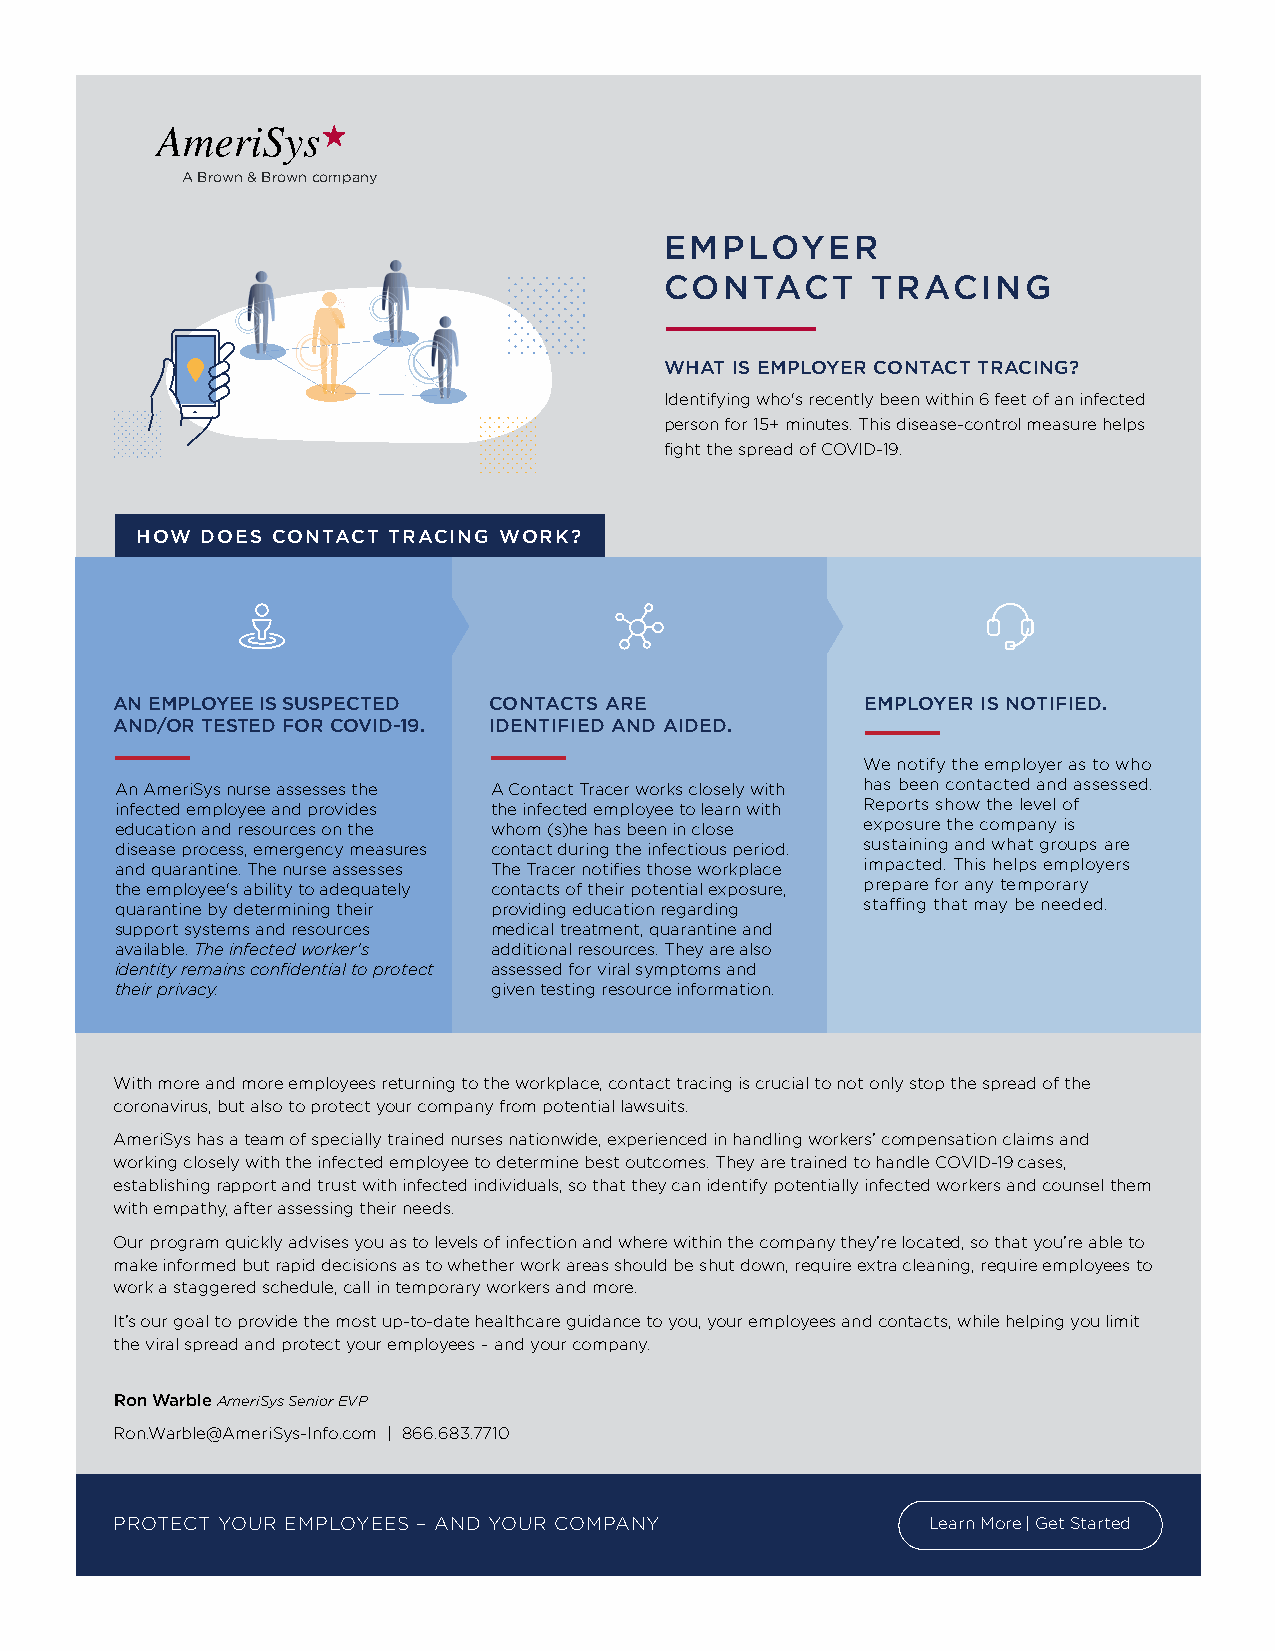
A Brown & Brown company
 EMPLOYER
 CONTACT       TRACING
 WHAT IS EMPLOYER CONTACT TRACING?
 Identifying who's recently been within 6 feet of an infected
 person for 15+ minutes. This disease-control measure helps
 fight the spread of COVID-19.
 HOW DOES CONTACT TRACING WORK?
 AN EMPLOYEE IS SUSPECTED CONTACTS ARE             EMPLOYER IS NOTIFIED.
 AND/OR TESTED FOR COVID-19. IDENTIFIED AND AIDED.
 We notify the employer as to who
 An AmeriSys nurse assesses the A Contact Tracer works closely with has been contacted and assessed.
 infected employee and provides the infected employee to learn with Reports show the level of
 education and resources on the whom (s)he has been in close exposure the company is
 disease process, emergency measures contact during the infectious period. sustaining and what groups are
 and quarantine. The nurse assesses The Tracer notifies those workplace impacted. This helps employers
 the employee's ability to adequately contacts of their potential exposure, prepare for any temporary
 quarantine by determining their providing education regarding staffing that may be needed.
 support systems and resources medical treatment, quarantine and
 available. The infected worker's additional resources. They are also
 identity remains confidential to protect assessed for viral symptoms and
 their privacy.          given testing resource information.
 With more and more employees returning to the workplace, contact tracing is crucial to not only stop the spread of the
 coronavirus, but also to protect your company from potential lawsuits.
 AmeriSys has a team of specially trained nurses nationwide, experienced in handling workers’ compensation claims and
 working closely with the infected employee to determine best outcomes. They are trained to handle COVID-19 cases,
 establishing rapport and trust with infected individuals, so that they can identify potentially infected workers and counsel them
 with empathy, after assessing their needs.
 Our program quickly advises you as to levels of infection and where within the company they’re located, so that you’re able to
 make informed but rapid decisions as to whether work areas should be shut down, require extra cleaning, require employees to
 work a staggered schedule, call in temporary workers and more.
 It’s our goal to provide the most up-to-date healthcare guidance to you, your employees and contacts, while helping you limit
 the viral spread and protect your employees – and your company.
 Ron Warble AmeriSys Senior EVP
 Ron.Warble@AmeriSys-Info.com | 866.683.7710
 PROTECT YOUR EMPLOYEES – AND YOUR COMPANY            LLeeaarrnn MMoorree || GGeett SSttaarrtteedd